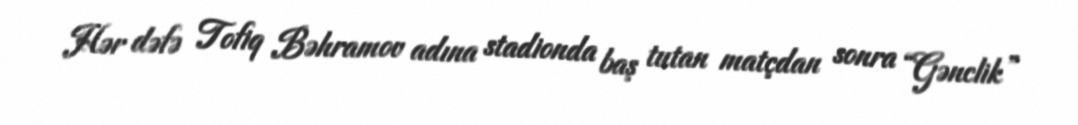
Hər dəfə Tofiq Bəhramov adına stadionda baş tutan matçdan sonra “Gənclik”